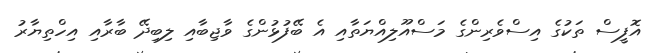
އޮފީސް ތަކުގެ އިސްވެރިންގެ މަސްއޫލިއްޔަތާއި އެ ބޭފުޅުންގެ ވާޖިބާއި ލިބިދޭ ބާރާއި އިހްތިޔާރު